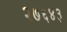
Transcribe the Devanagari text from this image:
२७६४३